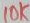
Text: 10K